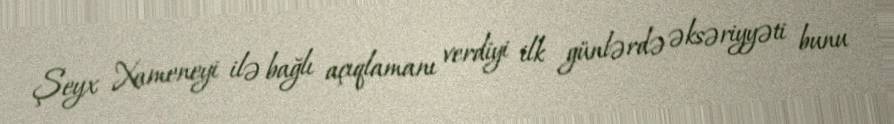
Şeyx Xameneyi ilə bağlı açıqlamanı verdiyi ilk günlərdə əksəriyyəti bunu